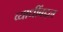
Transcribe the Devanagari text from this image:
व्याधींबद्दल